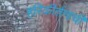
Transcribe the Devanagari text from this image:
हरिकीर्तनाची